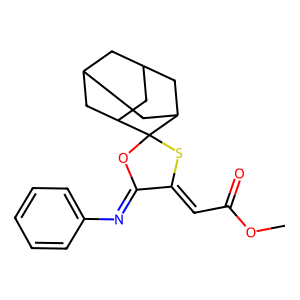
SMILES: COC(=O)C=C1SC2(OC1=Nc1ccccc1)C1CC3CC(C1)CC2C3
Inhibits HIV replication: No